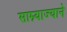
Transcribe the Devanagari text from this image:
साम्र्याज्याने